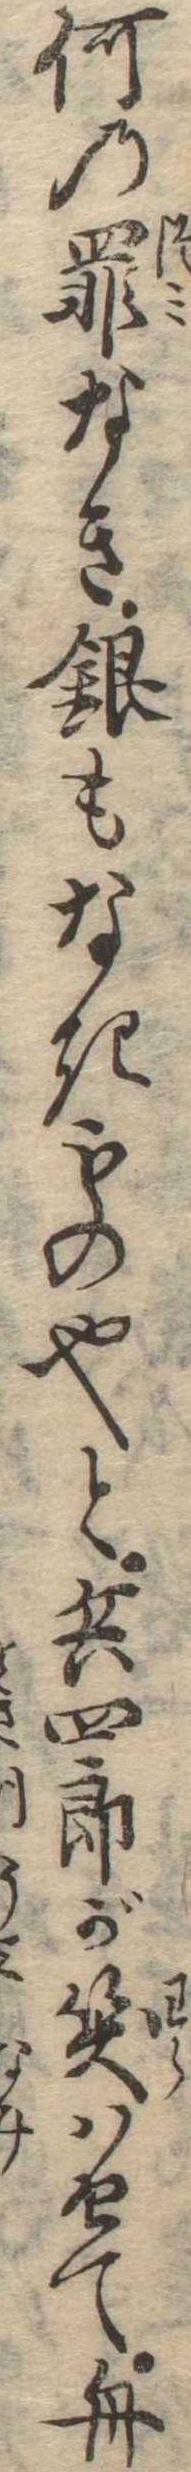
何の罪なき銀もなきもの也と兵四郎が笑はせて舟